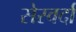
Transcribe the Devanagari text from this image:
सेस्वर्दा